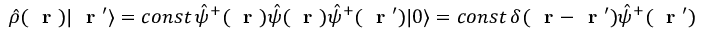
\hat { \rho } ( \mathrm { ~ \bf ~ r ~ } ) | \mathrm { ~ \bf ~ r ~ } ^ { \prime } \rangle = c o n s t \, \hat { \psi } ^ { + } ( \mathrm { ~ \bf ~ r ~ } ) \hat { \psi } ( \mathrm { ~ \bf ~ r ~ } ) \hat { \psi } ^ { + } ( \mathrm { ~ \bf ~ r ~ } ^ { \prime } ) | 0 \rangle = c o n s t \, \delta ( \mathrm { ~ \bf ~ r ~ } - \mathrm { ~ \bf ~ r ~ } ^ { \prime } ) \hat { \psi } ^ { + } ( \mathrm { ~ \bf ~ r ~ } ^ { \prime } ) | 0 \rangle = \delta ( \mathrm { ~ \bf ~ r ~ } - \mathrm { ~ \bf ~ r ~ } ^ { \prime } ) | \mathrm { ~ \bf ~ r ~ } ^ { \prime } \rangle